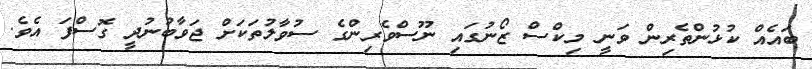
ބައެއް ކުޅުންތެރިން ވަނީ މިކްސް ޒޯނުގައި ނޫސްވެރިންގެ ސުވާލުތަކަށް ޖަވާބުނުދީ ގޮސްފަ އެވެ.